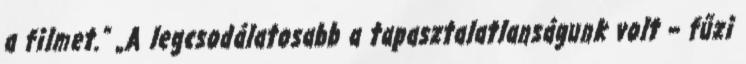
a filmet.” „A legcsodálatosabb a tapasztalatlanságunk volt – fűzi